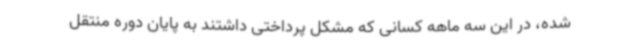
شده، در این سه ماهه کسانی که مشکل پرداختی داشتند به پایان دوره منتقل